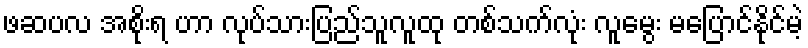
ဖဆပလ အစိုးရ ဟာ လုပ်သားပြည်သူလူထု တစ်သက်လုံး လူမွေး မပြောင်နိုင်မဲ့